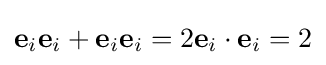
\mathbf {e} _{i}\mathbf {e} _{i}+\mathbf {e} _{i}\mathbf {e} _{i}=2\mathbf {e} _{i}\cdot \mathbf {e} _{i}=2